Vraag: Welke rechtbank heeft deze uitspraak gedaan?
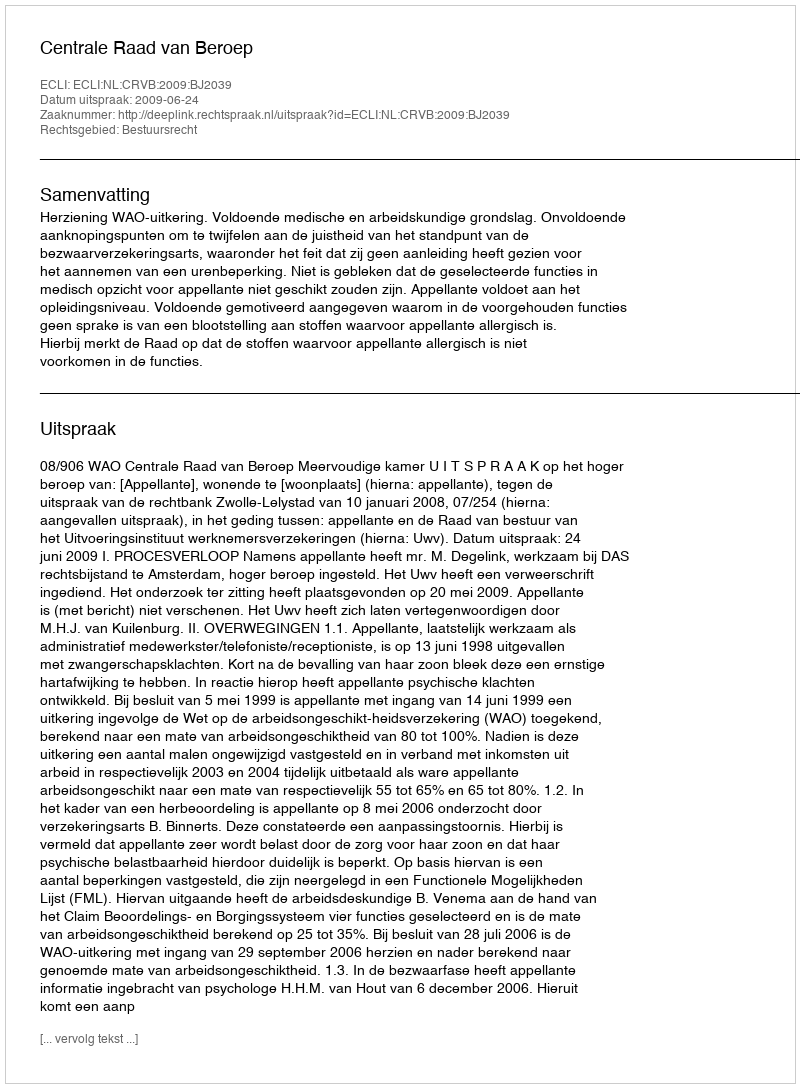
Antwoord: Centrale Raad van Beroep